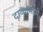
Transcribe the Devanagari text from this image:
दाव्यांमध्ये